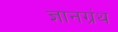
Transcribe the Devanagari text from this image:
ज्ञानग्रंथ